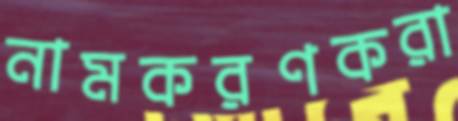
নামকরণকরা